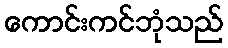
ကောင်းကင်ဘုံသည်